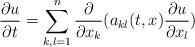
LaTeX: \begin{align*}\frac{\partial u}{\partial t}=\sum_{k,l=1}^n\frac{\partial}{\partial x_k}(a_{kl}(t,x)\frac{\partial u}{\partial x_l})\end{align*}